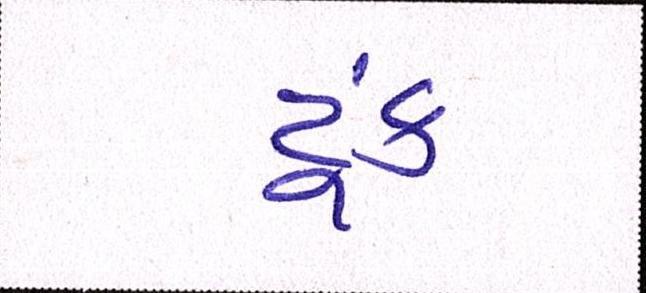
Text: ટૂંક